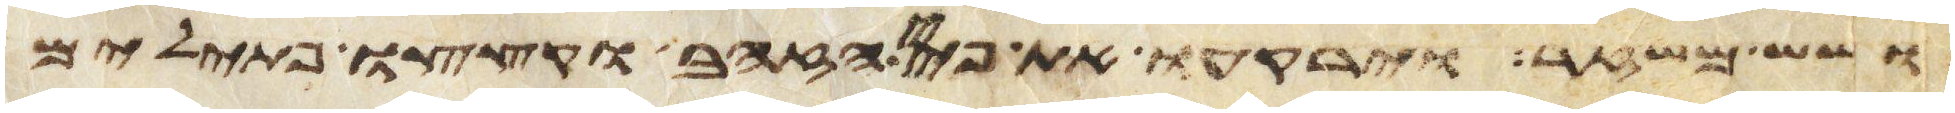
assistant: ושש משזר וירקעו את פחי הזהב וקצצו פתילים